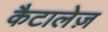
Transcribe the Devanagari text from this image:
कैटालेज़